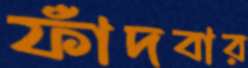
ফাঁদবার